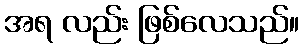
အရ လည်း ဖြစ်လေသည်။